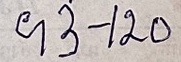
93 - 120